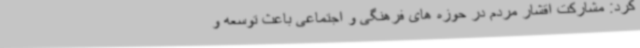
کرد: مشارکت اقشار مردم در حوزه های فرهنگی و اجتماعی باعث توسعه و